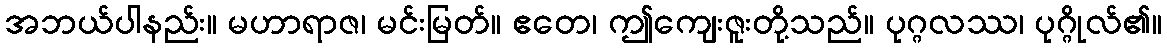
အဘယ်ပါနည်း။ မဟာရာဇ၊ မင်းမြတ်။ ဧတေ၊ ဤကျေးဇူးတို့သည်။ ပုဂ္ဂလဿ၊ ပုဂ္ဂိုလ်၏။